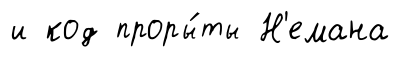
и код проры́ты Н'емана